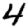
Digit: 4